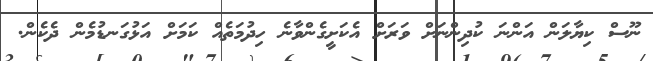
ނޫސް ކިޔާލަން އަންނަ ކުދިންނަށް ވަރަށް އެކަށީގެންވާނެ ހިދުމަތެއް ކަމަށް އަޅުގަނޑުމެން ދެކެން.